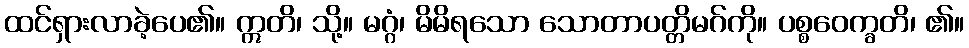
ထင်ရှားလာခဲ့ပေ၏။ ဣတိ၊ သို့။ မဂ္ဂံ၊ မိမိရသော သောတာပတ္တိမဂ်ကို။ ပစ္စဝေက္ခတိ၊ ၏။